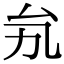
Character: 𠫜